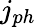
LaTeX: j_{ph}